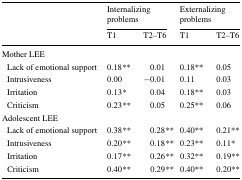
<table><thead><tr><td rowspan="2"></td><td colspan="2"><b>Internalizing problems</b></td><td colspan="2"><b>Externalizing problems</b></td></tr><tr><td><b>T1</b></td><td><b>T2–T6</b></td><td><b>T1</b></td><td><b>T2–T6</b></td></tr></thead><tbody><tr><td colspan="5">Mother LEE</td></tr><tr><td> Lack of emotional support</td><td>0.18<i>**</i></td><td>0.01</td><td>0.18**</td><td>0.05</td></tr><tr><td> Intrusiveness</td><td>0.00</td><td>−0.01</td><td>0.11</td><td>0.03</td></tr><tr><td> Irritation</td><td>0.13<i>*</i></td><td>0.04</td><td>0.18**</td><td>0.03</td></tr><tr><td> Criticism</td><td>0.23<i>**</i></td><td>0.05</td><td>0.25**</td><td>0.06</td></tr><tr><td colspan="5">Adolescent LEE</td></tr><tr><td> Lack of emotional support</td><td>0.38<i>**</i></td><td>0.28<i>**</i></td><td>0.40**</td><td>0.21**</td></tr><tr><td> Intrusiveness</td><td>0.20<i>**</i></td><td>0.18<i>**</i></td><td>0.23**</td><td>0.11*</td></tr><tr><td> Irritation</td><td>0.17<i>**</i></td><td>0.26<i>**</i></td><td>0.32**</td><td>0.19**</td></tr><tr><td> Criticism</td><td>0.40<i>**</i></td><td>0.29<i>**</i></td><td>0.40**</td><td>0.20**</td></tr></tbody></table>